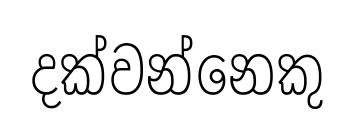
දක්වන්නෙකු